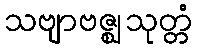
သဗျာဗဇ္ဈသုတ္တံ